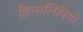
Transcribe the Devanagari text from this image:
शिलालिपियों